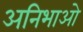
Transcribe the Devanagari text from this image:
अनिभाओ